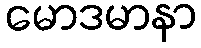
မောဒမာနာ